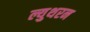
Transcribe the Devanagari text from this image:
ल्युथरन